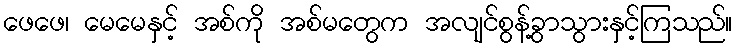
ဖေဖေ၊ မေမေနှင့် အစ်ကို အစ်မတွေက အလျင်စွန့်ခွာသွားနှင့်ကြသည်။